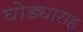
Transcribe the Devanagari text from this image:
घोड्यासह